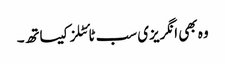
وہ بھی انگریزی سب ٹائٹلز کیساتھ۔